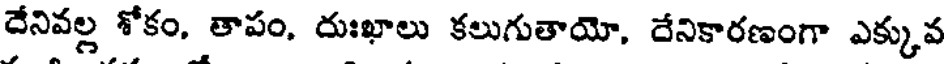
దేనివల్ల శోకం, తాపం, దుఃఖాలు కలుగుతాయో, దేనికారణంగా ఎక్కువ